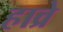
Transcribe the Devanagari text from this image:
हाव्रे